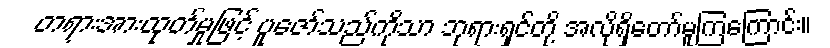
တရားအားထုတ်မှုဖြင့် ပူဇော်သည်ကိုသာ ဘုရားရှင်တို့ အလိုရှိတော်မူကြကြောင်း။